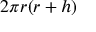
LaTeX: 2 \pi r ( r + h )